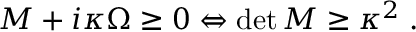
\begin{array} { r } { M + i \kappa \Omega \geq 0 \Leftrightarrow \operatorname* { d e t } { M } \geq \kappa ^ { 2 } \; . } \end{array}